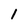
Character: 1